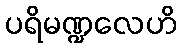
ပရိမဏ္ဍလေဟိ